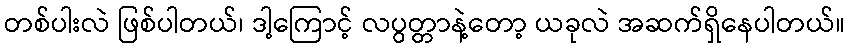
တစ်ပါးလဲ ဖြစ်ပါတယ်၊ ဒါ့ကြောင့် လပွတ္တာနဲ့တော့ ယခုလဲ အဆက်ရှိနေပါတယ်။